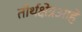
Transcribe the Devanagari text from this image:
तीर्थक्षेत्रआहे